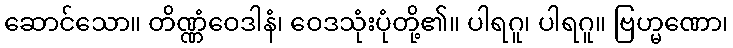
ဆောင်သော။ တိဏ္ဏံဝေဒါနံ၊ ဝေဒသုံးပုံတို့၏။ ပါရဂူ၊ ပါရဂူ။ ဗြဟ္မဏော၊